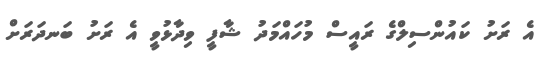
އެ ރަށު ކައުންސިލްގެ ރައީސް މުހައްމަދު ޝާފީ ވިދާޅުވީ އެ ރަށު ބަނދަރަށް